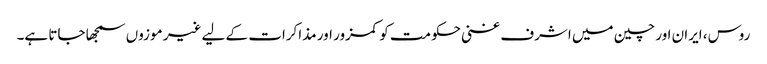
روس، ایران اور چین میں اشرف غنی حکومت کو کمزور اور مذاکرات کے لیے غیر موزوں سمجھا جاتا ہے۔